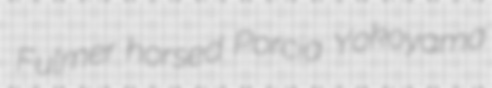
Fulmer horsed Porcia Yokoyama